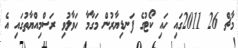
މާޗް 26 2011ގައި ހައި ކޯޓުގެ ފަނޑިޔާރުން މަގާމާ ހަވާލުވި ރަސްމިއްޔާތުގައި އެ